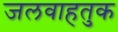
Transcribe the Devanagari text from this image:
जलवाहतुक